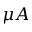
\mu A